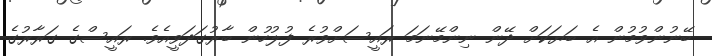
ބޭނުންވުމުން އެ ބަޔަކަށް ދޭން ނިންމޭނަމަ ރައީސަށްވުރެ ފުލުހުން ބާރުގަދަވީއެވެ. ރައީސްގެ ގަރާރުގެ